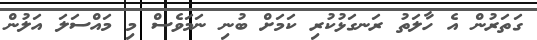
ގަތަރުން އެ ހާލަތު ރަނގަޅުކުރި ކަަމަށް ބުނި ނަމަވެސް މި މައްސަލަ އަލުން